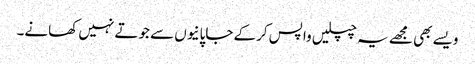
ویسے بھی مجھے یہ چپلیں واپس کرکے جاپانیوں سے جوتے نہیں کھانے۔